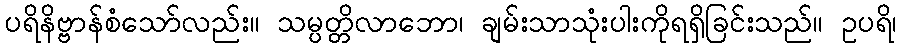
ပရိနိဗ္ဗာန်စံသော်လည်း။ သမ္ပတ္တိလာဘော၊ ချမ်းသာသုံးပါးကိုရရှိခြင်းသည်။ ဥပရိ၊